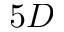
5 D